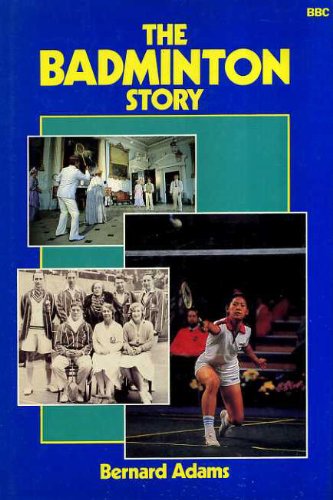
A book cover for Badminton Story; Bernard Adams; Sports & Outdoors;